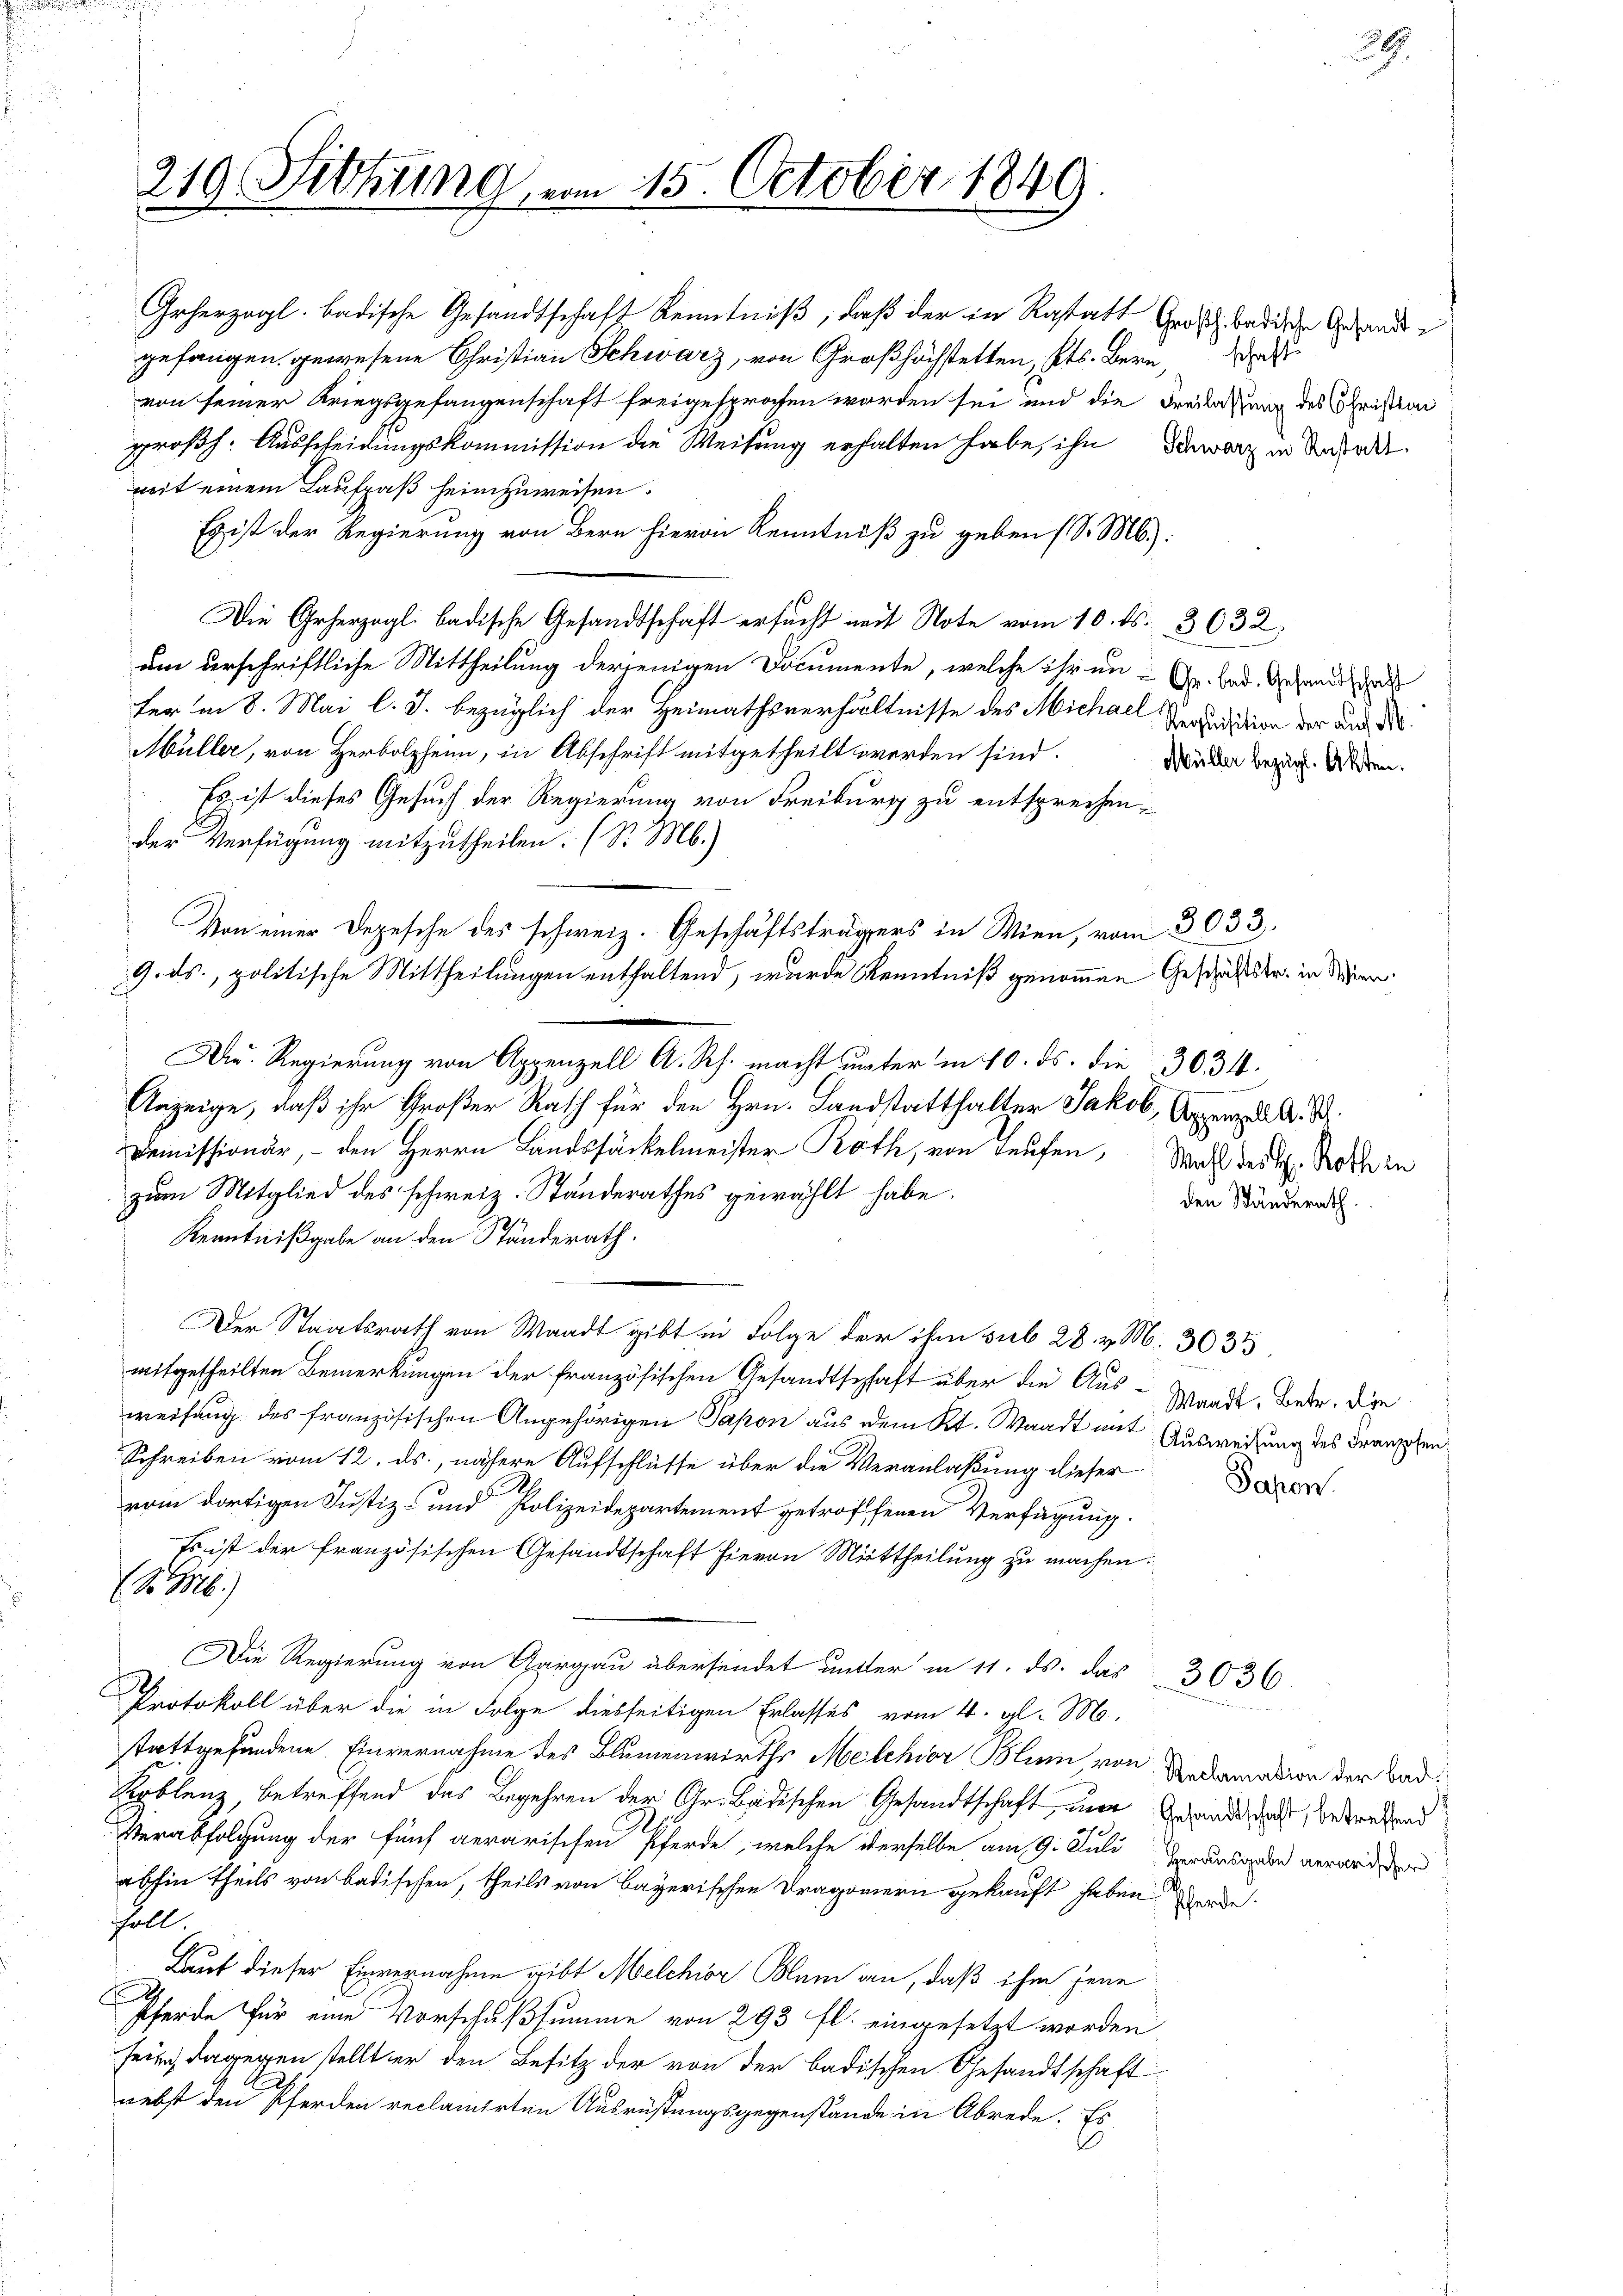
Grherzogl. badische Gesandtschaft Kenntniß, daß der in Rastatt Großh. badische Gesandte
gefangen gewesene Christian Schwarz, von Großhöchstetten, Kts. Bern
von seiner Kriegsgefangenschaft freigesprochen worden sei und die Freilassung des Christion
großh. Ausscheidungskommission die Weisung erhalten habe, ihn Schwarz in Anfa
mit einem Laufpaß heimzuweisen.
Es ist der Regierung von Bern hievon Kenntniß zu geben (S. M.):
Die Geherzogl. badische Gesandtschaft ersucht mit Note vom 10. ds. 3632,
um verschriftliche Mittheilung derjenigen Documente, welche ihr un- Gr. bad. Gesandt
ter in 8. Mai l. J. bezüglich der Heimathsverhältnisse des Michael Redaktion der auf B
Müller, von Herbolzheim, in Abschrift mitgetheilt worden sind.
Es ist dieses Gesuch der Regierung von Freiburg zu entsprechen.
der Verfügung mitzutheilen. (S. M.)
Von einer Depesche des schweiz. Geschäftsträgers in Wien, vom 3033.
9. ds., politische Mittheilungen enthaltend, wurde Kenntniß genommen Geschäftster, in diesen
Anzeige, daß ihr Großer Rath für den Hrn. Landstatthalter Jakob, Appen d. A. B.
Demissionär, - den Herrn Landssäckelmeister Roth, von Laufen, Wahl der H. Rothe
zum Mitglied des schweiz. Standerathes gewählt habe.
Kenntnißgabe an den Ständerath.
Der Staatsrath von Waadt gibt in Folge der ihm sub 28. v. M. 303
mitgetheilten Bemerkungen der französischen Gesandtschaft über die Aus-Waadt, Betr. die
weisung des französischen Angehörigen Papon aus dem Kt. Waadt mit Ausweisung des Drampfen.
Schreiben vom 12. ds., nähere Aufschlüsse über die Veranlaßung dieseror
vom dortigen Justiz- und Polizeidepartement getroffenen Verfügung.
Es ist der französischen Gesandtschaft hievon Mittheilung zu machen.
( d. M.)
Die Regierung von Aargau übersendet unter in 11. ds. das
B
Protokoll über die in Folge diesseitigen Erlasses vom 4. gl. M.
stattgefundene Einvernahme des Blumenwirths Melchior Blum von Decamation der Bad¬
Kerblenz, betreffend das Begehren der Gr. Badischen Gesandtschaft nur erwandtschaft, betretend
Verabfolgung der fünf aerarischen Pferde, welche derselbe am 9. Juli herausgeden verwider
abhin theils von badischen, theils von Bayerischen Dragonern gekauft haben werde.
Fall.
Lauf dieser Einvernahme gibt Melchior Klein an, daß ihm jene
Pferde für eine Vorschußsumme von 293 fl. eingesetzt worden
fein, dagegen stellt er den Besitz der von der badischen Gesandtschaft
nebst den Pferden reclamirten Ausrüstungsgegenstände in Abrede. Es

219. Fethung vom 15. October 1849

Dr. Regierung von Appenzell A. Rh. macht unter in 10. ds. die 3034.

26.

Müller bezügl. Akten.

den Ständerath

3036.